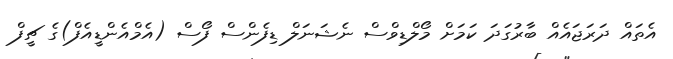
އެތައް ދަރަޖައެއް ބާރުގަދަ ކަމަށް މޯލްޑިވްސް ނެޝަނަލް ޑިފެންސް ފޯސް (އެމްއެންޑީއެފް)ގެ ޗީފް